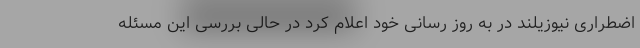
اضطراری نیوزیلند در به روز رسانی خود اعلام کرد در حالی بررسی این مسئله